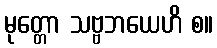
မုတ္တော သဗ္ဗဘယေဟိ စ။